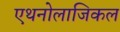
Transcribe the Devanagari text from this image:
एथनोलाजिकल